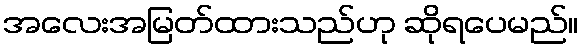
အလေးအမြတ်ထားသည်ဟု ဆိုရပေမည်။